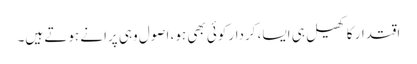
اقتدار کا کھیل ہی ایسا، کردار کوئی بھی ہو، اصول وہی پرانے ہوتے ہیں۔